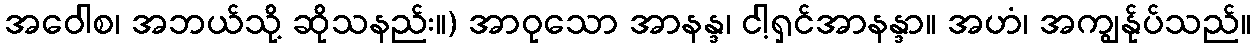
အဝေါစ၊ အဘယ်သို့ ဆိုသနည်း။) အာဝုသော အာနန္ဒ၊ ငါ့ရှင်အာနန္ဒာ။ အဟံ၊ အကျွန်ုပ်သည်။